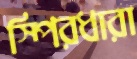
স্পিরধারা